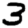
Digit: 3